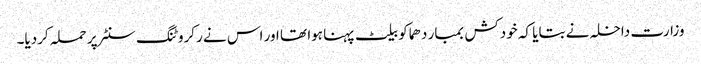
وزارت داخلہ نے بتایا کہ خودکش بمبار دھماکو بیلٹ پہنا ہوا تھا اور اس نے رکروٹنگ سنٹر پر حملہ کردیا۔